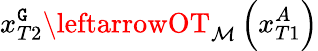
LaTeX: x_{T2}^{\mathtt{G}}\leftarrowOT_{\mathcal{{M}}}\left(x_{T1}^{A}\right)